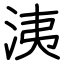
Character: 洟